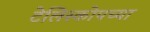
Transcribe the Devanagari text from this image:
टेलिस्कोपच्या